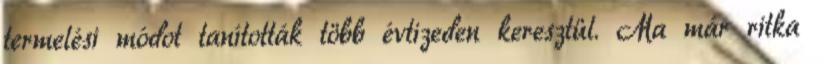
termelési módot tanították több évtizeden keresztül. Ma már ritka